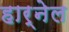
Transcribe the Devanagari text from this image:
हार्नेल